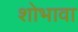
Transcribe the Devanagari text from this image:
शोभावा